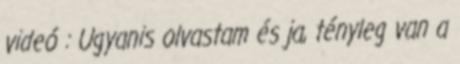
videó : Ugyanis olvastam és ja, tényleg van a